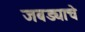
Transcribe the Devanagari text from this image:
जबड्याचे